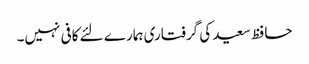
حافظ سعید کی گرفتاری ہمارے لئے کافی نہیں۔